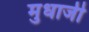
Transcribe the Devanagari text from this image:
मुधाजी